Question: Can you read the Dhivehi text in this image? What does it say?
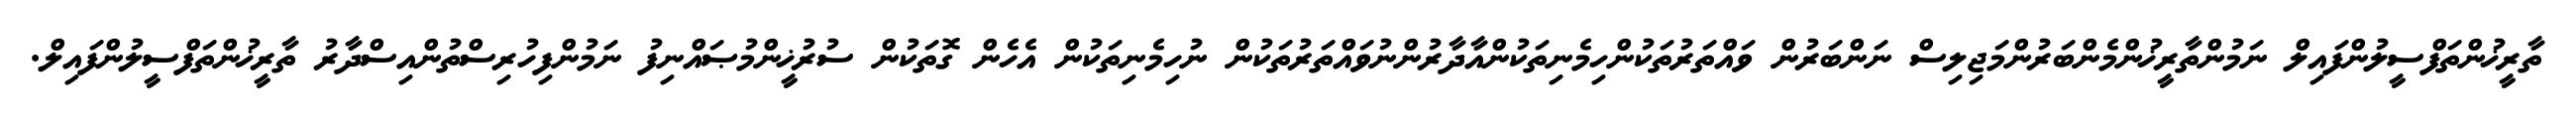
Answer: ތާރީޚުންތަފްސީލުންފައިލް ނަމުންތާރީޚުންމެންބަރުންމަޖިލިސް ނަންބަރުން ވައްތަރުތަކުންހިމެނިތަކުންއާދާރުންނުވައްތަރުތަކުން ނުހިމެނިތަކުން އެހެން ގޮތަކުން ސުރުޚީންމުޞައްނިފު ނަމުންފިހުރިސްތުންއިސްދާރު ތާރީޚުންތަފްސީލުންފައިލް.